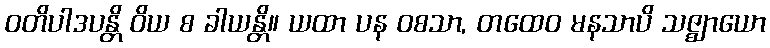
ဝတိပါဒပန္တိ ဝိယ စ ခါယန္တိ။ ယထာ ပန ဝစသာ, တထေဝ မနသာပိ သဇ္ဈာယော